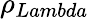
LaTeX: \rho_{Lambda}